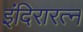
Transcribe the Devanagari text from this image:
इंदिरारत्‍न